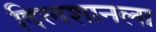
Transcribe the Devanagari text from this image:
दिलशानला